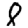
Digit: 8